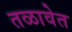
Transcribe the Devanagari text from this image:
तळावेत